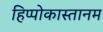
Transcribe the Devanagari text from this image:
हिप्पोकास्तानम